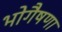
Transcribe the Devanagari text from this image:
भोगैषणा